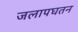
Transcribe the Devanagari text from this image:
जलापघतन